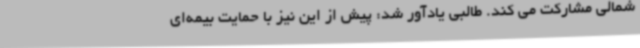
شمالی مشارکت می‌ کند. طالبی یادآور شد: پیش از این نیز با حمایت بیمه‌ای